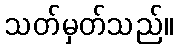
သတ်မှတ်သည်။